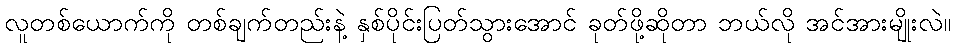
လူတစ်ယောက်ကို တစ်ချက်တည်းနဲ့ နှစ်ပိုင်းပြတ်သွားအောင် ခုတ်ဖို့ဆိုတာ ဘယ်လို အင်အားမျိုးလဲ။